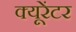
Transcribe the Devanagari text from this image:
क्यूरेंटर